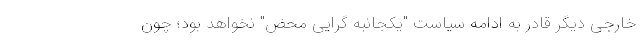
خارجی دیگر قادر به ادامه سیاست "یکجانبه گرایی محض" نخواهد بود؛ چون